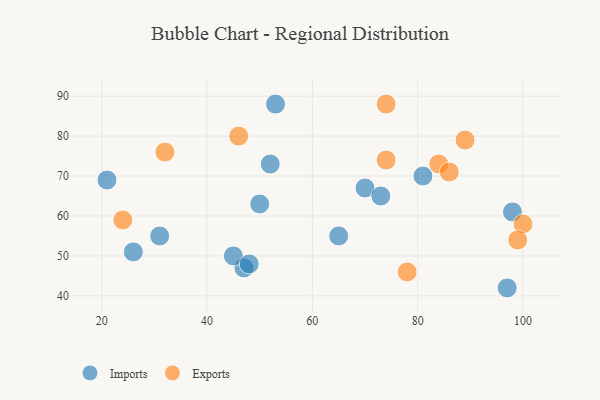
{"axis": {"x": "GDP", "y": "Life Expectancy"}, "legend": ["Exports", "Imports"], "data": [{"x": "31", "y": 55, "type": "Imports"}, {"x": "26", "y": 51, "type": "Imports"}, {"x": "21", "y": 69, "type": "Imports"}, {"x": "70", "y": 67, "type": "Imports"}, {"x": "53", "y": 88, "type": "Imports"}, {"x": "73", "y": 65, "type": "Imports"}, {"x": "47", "y": 47, "type": "Imports"}, {"x": "65", "y": 55, "type": "Imports"}, {"x": "45", "y": 50, "type": "Imports"}, {"x": "97", "y": 42, "type": "Imports"}, {"x": "98", "y": 61, "type": "Imports"}, {"x": "52", "y": 73, "type": "Imports"}, {"x": "50", "y": 63, "type": "Imports"}, {"x": "81", "y": 70, "type": "Imports"}, {"x": "48", "y": 48, "type": "Imports"}, {"x": "46", "y": 80, "type": "Exports"}, {"x": "89", "y": 79, "type": "Exports"}, {"x": "74", "y": 74, "type": "Exports"}, {"x": "84", "y": 73, "type": "Exports"}, {"x": "86", "y": 71, "type": "Exports"}, {"x": "100", "y": 58, "type": "Exports"}, {"x": "24", "y": 59, "type": "Exports"}, {"x": "99", "y": 54, "type": "Exports"}, {"x": "32", "y": 76, "type": "Exports"}, {"x": "74", "y": 88, "type": "Exports"}, {"x": "78", "y": 46, "type": "Exports"}]}